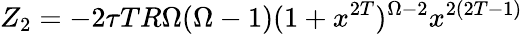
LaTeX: Z_{2}=-2\tau TR\Omega(\Omega-1)(1+x^{2T})^{\Omega-2}{x^{2(2T-1)}}